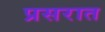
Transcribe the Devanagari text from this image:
प्रसरात